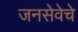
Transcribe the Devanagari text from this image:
जनसेवेचे